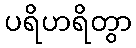
ပရိဟရိတွာ